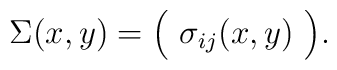
\Sigma(x,y)       =\Bigl(\ \sigma_{ij}(x,y)\ \Bigl).